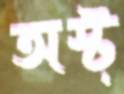
অস্ট্